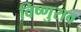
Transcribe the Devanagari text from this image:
विष्णुराव